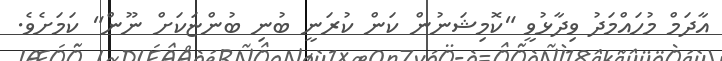
އާދަމް މުހައްމަދު ވިދާޅުވީ "ކޮމިޝަނުން ކަން ކުރަނީ ބުނި ބުންޏަކަށް ނޫން" ކަމަށެވެ.